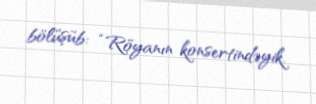
bölüşüb: “Röyanın konsertindəyik.